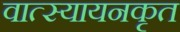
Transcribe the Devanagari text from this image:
वात्स्यायनकृत